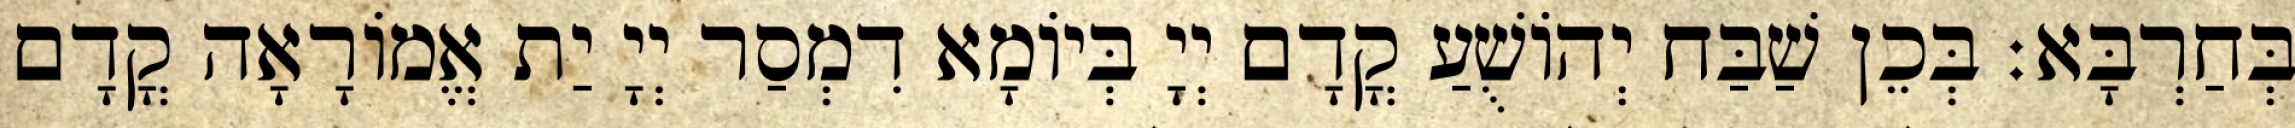
בְּחַרְבָּא׃ בְּכֵן שַׁבַּח יְהוֹשֻׁעַ קֳדָם יְיָ בְּיוֹמָא דִמְסַר יְיָ יַת אֱמוֹרָאָה קֳדָם